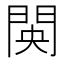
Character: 𮤋